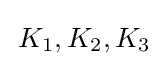
\,K_{1},K_{2},K_{3}